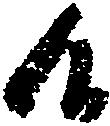
候